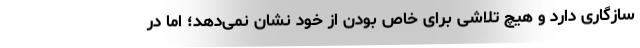
سازگاری دارد و هیچ تلاشی برای خاص بودن از خود نشان نمی‌دهد؛ اما در